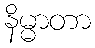
နိမ္မာတာ